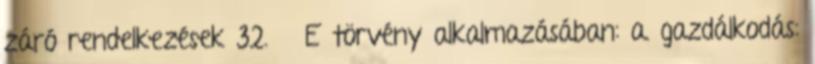
záró rendelkezések 32. § E törvény alkalmazásában: a. gazdálkodás: